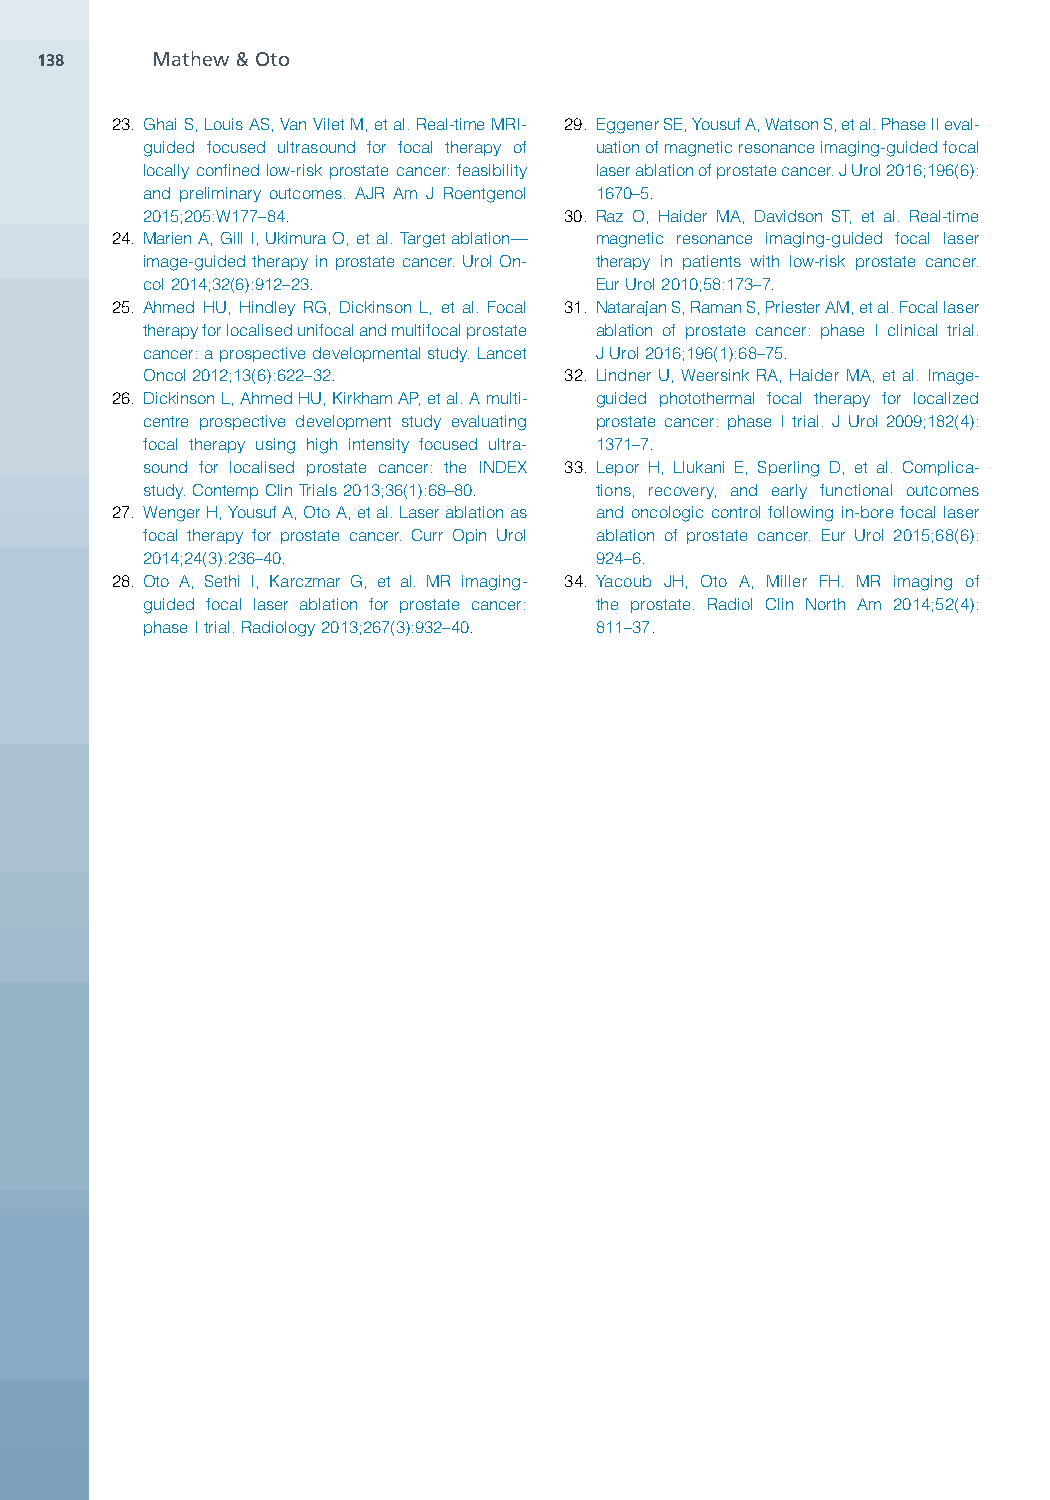
138     Mathew&Oto
 23. GhaiS,LouisAS,VanViletM,etal.Real-timeMRI- 29. EggenerSE,YousufA,WatsonS,etal.PhaseIIeval-
 guided focused ultrasound for focal therapy of uationofmagneticresonanceimaging-guidedfocal
 locally confinedlow-risk prostate cancer:feasibility laserablationofprostatecancer.JUrol2016;196(6):
 and preliminary outcomes. AJR Am J Roentgenol 1670–5.
 2015;205:W177–84.           30. Raz O, Haider MA, Davidson ST, et al. Real-time
 24. MarienA,GillI,UkimuraO,etal.Targetablation— magnetic resonance imaging-guided focal laser
 image-guided therapy in prostate cancer. Urol On- therapy in patients with low-risk prostate cancer.
 col2014;32(6):912–23.         EurUrol2010;58:173–7.
 25. Ahmed HU, Hindley RG, Dickinson L, et al. Focal 31. NatarajanS,RamanS,PriesterAM,etal.Focallaser
 therapyforlocalisedunifocalandmultifocalprostate ablation of prostate cancer: phase I clinical trial.
 cancer:aprospectivedevelopmentalstudy.Lancet JUrol2016;196(1):68–75.
 Oncol2012;13(6):622–32.     32. Lindner U, Weersink RA, Haider MA, et al. Image-
 26. DickinsonL,AhmedHU,KirkhamAP,etal.Amulti- guided photothermal focal therapy for localized
 centre prospective development study evaluating prostate cancer: phase I trial. J Urol 2009;182(4):
 focal therapy using high intensity focused ultra- 1371–7.
 sound for localised prostate cancer: the INDEX 33. Lepor H, Llukani E, Sperling D, et al. Complica-
 study.ContempClinTrials2013;36(1):68–80. tions, recovery, and early functional outcomes
 27. WengerH,YousufA,OtoA,etal.Laserablationas andoncologiccontrol following in-borefocal laser
 focal therapy for prostate cancer. Curr Opin Urol ablation of prostate cancer. Eur Urol 2015;68(6):
 2014;24(3):236–40.            924–6.
 28. Oto A, Sethi I, Karczmar G, et al. MR imaging- 34. Yacoub JH, Oto A, Miller FH. MR imaging of
 guided focal laser ablation for prostate cancer: the prostate. Radiol Clin North Am 2014;52(4):
 phaseItrial.Radiology2013;267(3):932–40. 811–37.